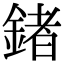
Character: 鍺